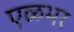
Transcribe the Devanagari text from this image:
एळभर